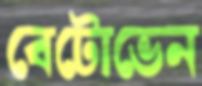
বেটোভেন